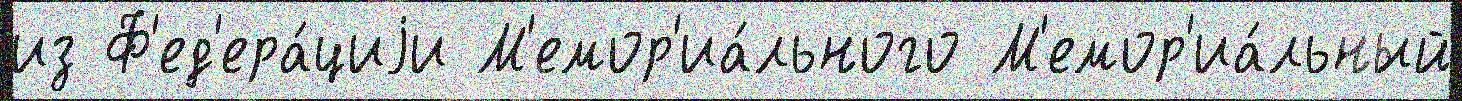
из Ф'ед'ера́циjи М'емор'иа́льного М'емор'иа́льный